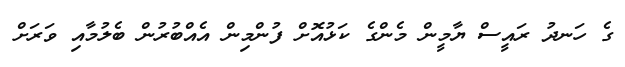
ގެ ހަނދު ރައީސް ޔާމީން މެންގެ ކަޅުއޮށް ފުންމިން އެއްބުރުން ބެލުމާއި ވަރަށް